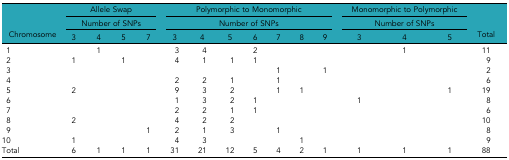
<table><thead><tr><td rowspan="3"><b>Chromosome</b></td><td colspan="4"><b>Allele Swap</b></td><td colspan="7"><b>Polymorphic to Monomorphic</b></td><td colspan="3"><b>Monomorphic to Polymorphic</b></td><td rowspan="3"><b>Total</b></td></tr><tr><td colspan="4"><b>Number of SNPs</b></td><td colspan="7"><b>Number of SNPs</b></td><td colspan="3"><b>Number of SNPs</b></td></tr><tr><td><b>3</b></td><td><b>4</b></td><td><b>5</b></td><td><b>7</b></td><td><b>3</b></td><td><b>4</b></td><td><b>5</b></td><td><b>6</b></td><td><b>7</b></td><td><b>8</b></td><td><b>9</b></td><td><b>3</b></td><td><b>4</b></td><td><b>5</b></td></tr></thead><tbody><tr><td>1</td><td></td><td>1</td><td></td><td></td><td>3</td><td>4</td><td></td><td>2</td><td></td><td></td><td></td><td></td><td>1</td><td></td><td>11</td></tr><tr><td>2</td><td>1</td><td></td><td>1</td><td></td><td>4</td><td>1</td><td>1</td><td>1</td><td></td><td></td><td></td><td></td><td></td><td></td><td>9</td></tr><tr><td>3</td><td></td><td></td><td></td><td></td><td></td><td></td><td></td><td></td><td>1</td><td></td><td>1</td><td></td><td></td><td></td><td>2</td></tr><tr><td>4</td><td></td><td></td><td></td><td></td><td>2</td><td>2</td><td>1</td><td></td><td>1</td><td></td><td></td><td></td><td></td><td></td><td>6</td></tr><tr><td>5</td><td>2</td><td></td><td></td><td></td><td>9</td><td>3</td><td>2</td><td></td><td>1</td><td>1</td><td></td><td></td><td></td><td>1</td><td>19</td></tr><tr><td>6</td><td></td><td></td><td></td><td></td><td>1</td><td>3</td><td>2</td><td>1</td><td></td><td></td><td></td><td>1</td><td></td><td></td><td>8</td></tr><tr><td>7</td><td></td><td></td><td></td><td></td><td>2</td><td>2</td><td>1</td><td>1</td><td></td><td></td><td></td><td></td><td></td><td></td><td>6</td></tr><tr><td>8</td><td>2</td><td></td><td></td><td></td><td>4</td><td>2</td><td>2</td><td></td><td></td><td></td><td></td><td></td><td></td><td></td><td>10</td></tr><tr><td>9</td><td></td><td></td><td></td><td>1</td><td>2</td><td>1</td><td>3</td><td></td><td>1</td><td></td><td></td><td></td><td></td><td></td><td>8</td></tr><tr><td>10</td><td>1</td><td></td><td></td><td></td><td>4</td><td>3</td><td></td><td></td><td></td><td>1</td><td></td><td></td><td></td><td></td><td>9</td></tr><tr><td>Total</td><td>6</td><td>1</td><td>1</td><td>1</td><td>31</td><td>21</td><td>12</td><td>5</td><td>4</td><td>2</td><td>1</td><td>1</td><td>1</td><td>1</td><td>88</td></tr></tbody></table>